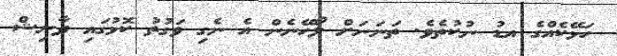
ހަޅޭކެއްގެ އޑު ނުކުތެވެ. ތަނަނަށް ލޯހޭނެން އެ ނެގި ވަގުތު ކޮޅުގައި ދާނިޝް